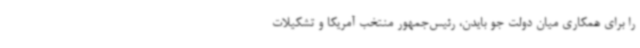
را برای همکاری میان دولت جو بایدن، رئیس‌جمهور منتخب آمریکا و تشکیلات